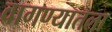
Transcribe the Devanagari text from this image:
वागण्यातला